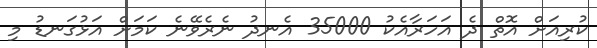
ކުރިއަށް އޮތް ދެ އަހަރާއެކު 35000 އެނދު ނެރެވޭނެ ކަމަށް އަޅުގަނޑު މި